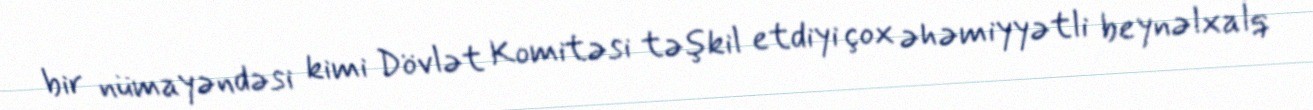
bir nümayəndəsi kimi Dövlət Komitəsi təşkil etdiyi çox əhəmiyyətli beynəlxalq